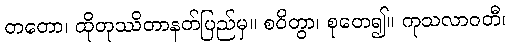
တတော၊ ထိုတုဿိတာနတ်ပြည်မှ။ စဝိတွာ၊ စုတေ၍။ ကုသလာဝတီ၊